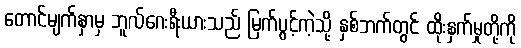
တောင်မျက်နှာမှ ဘူလ်ဂေးရီးယားသည် မြက်ပွင့်ကဲ့သို့ နှစ်ဘက်တွင် ထိုးနှက်မှုတို့ကို